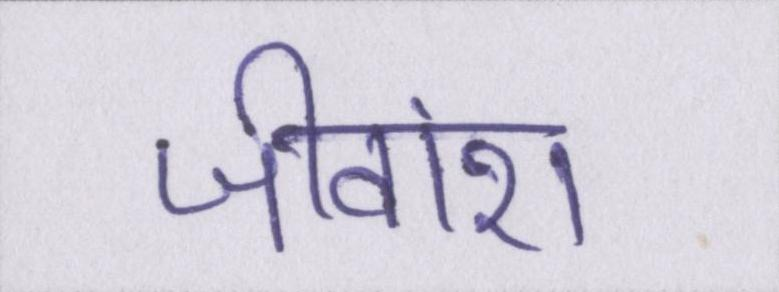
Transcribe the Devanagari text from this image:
जीवांश